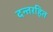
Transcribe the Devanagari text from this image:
दन्तरहित